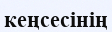
кеңсесінің